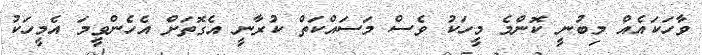
ވާހަކައެއް މިބުނީ ކޮންމެ މީހަކު ވެސް މަސައްކަތް ކުރާނީ އެގޮތަށް އެހެންވީމަ އެމީހަކު